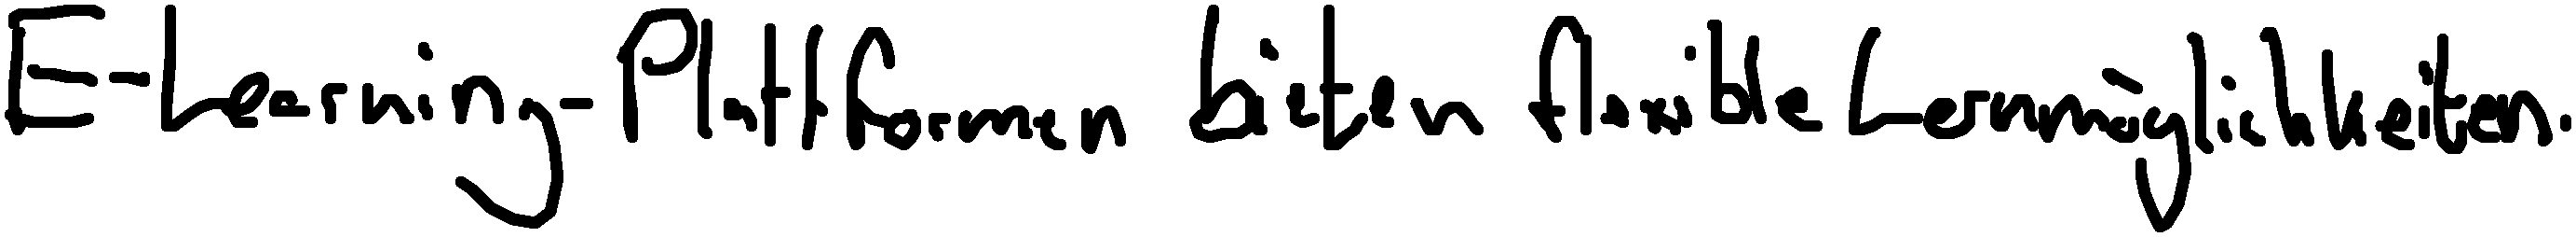
E-Learning-Plattformen bieten flexible Lernmöglichkeiten.